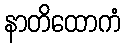
နာတိထောကံ